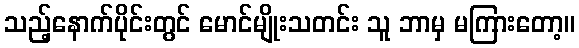
သည့်နောက်ပိုင်းတွင် မောင်မျိုးသတင်း သူ ဘာမှ မကြားတော့။